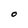
Character: O